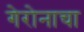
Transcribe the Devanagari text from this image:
गेरोनाचा